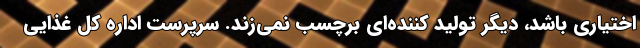
اختیاری باشد، دیگر تولید کننده‌ای برچسب نمی‌زند. سرپرست اداره کل غذایی